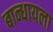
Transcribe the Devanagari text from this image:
बान्धायला